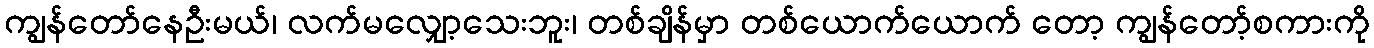
ကျွန်တော်နေဦးမယ်၊ လက်မလျှော့သေးဘူး၊ တစ်ချိန်မှာ တစ်ယောက်ယောက် တော့ ကျွန်တော့်စကားကို